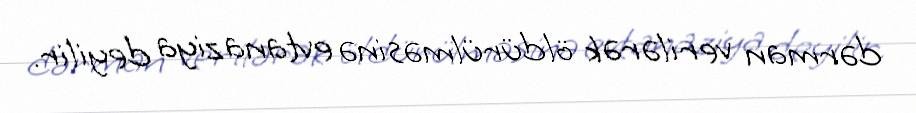
dərman verilərək öldürülməsinə evtanaziya deyilir.